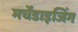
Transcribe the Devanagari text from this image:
मर्चेंडाइजिंग